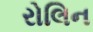
રોલિન